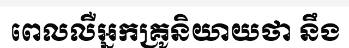
ពេលលឺអ្នកគ្រូនិយាយថា នឹង